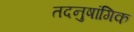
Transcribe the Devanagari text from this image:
तदनुषांगिक